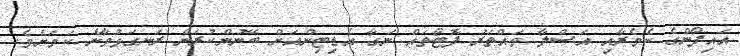
އައިފޯންގެ ކެމެރާއި އަސްލާ ވައްތަރު ފޮޓޯތައް ނަގާ އެޑިޓިންއަށް ބޭނުންކުރަން ރަނގަޅުވާނެ ކަމަށެވެ.